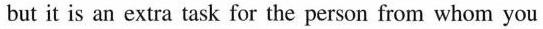
but it is an extratask for the person from whom you